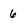
Character: 6